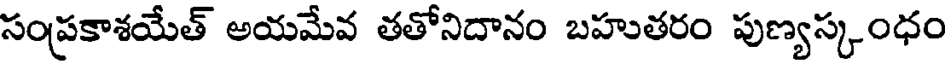
సంప్రకాశయేత్ అయమేవ తతోనిదానం బహుతరం పుణ్యస్కంధం